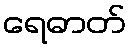
ရေဓာတ်